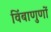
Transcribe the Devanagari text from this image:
विंबाणुणों